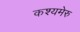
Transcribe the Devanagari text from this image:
कश्यमेरु